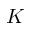
K